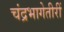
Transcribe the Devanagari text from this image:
चंद्रभागेतीरीं